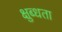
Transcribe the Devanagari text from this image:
क्षुब्धता